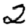
Digit: 2